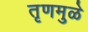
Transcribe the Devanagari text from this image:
तृणमुळे